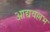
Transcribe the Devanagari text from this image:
आद्यवल्लभ